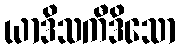
ယာဒိသကီဒိသော